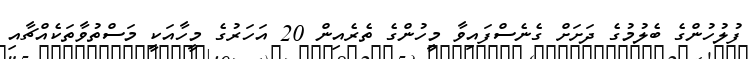
ފުލުހުންގެ ބެލުމުގެ ދަށަށް ގެނެސްފައިވާ މީހުންގެ ތެރެއިން 20 އަހަރުގެ މީހާއަކީ މަސްތުވާތަކެއްޗާއި